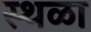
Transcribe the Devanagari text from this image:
स्थळा